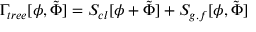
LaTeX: \Gamma _ { t r e e } [ \phi , \tilde { \Phi } ] = S _ { c l } [ \phi + \tilde { \Phi } ] + S _ { g . f } [ \phi , \tilde { \Phi } ]